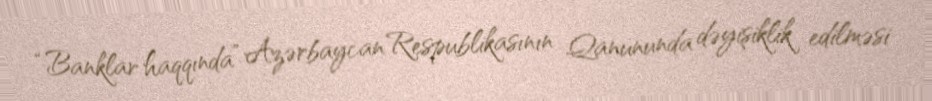
“Banklar haqqında” Azərbaycan Respublikasının Qanununda dəyişiklik edilməsi